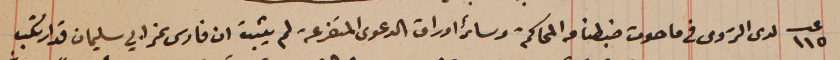
عدد ١١٥ لدى الرَوى فى ما حدث ضبطنا من المحاكمة وسائر اوراق الدعوى المتفرعة لم يثبت ان فارس نمر ابي سليمان قد ارتكب